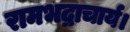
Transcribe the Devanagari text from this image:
रामभद्राचार्य।